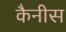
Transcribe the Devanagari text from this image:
कैनीस